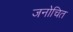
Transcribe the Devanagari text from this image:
जनोचित